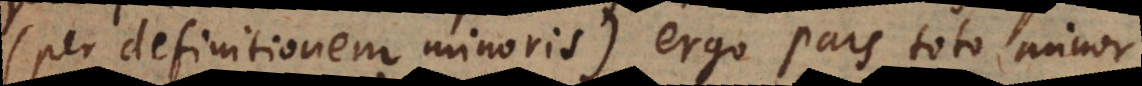
(per definitionem minoris), ergo pars toto minor